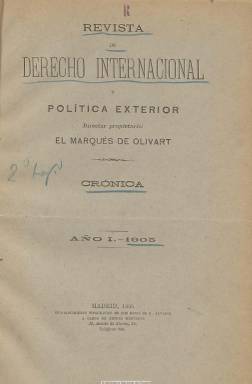
Título: Crónica de derecho internacional y política exterior
Otros títulos: Revista de derecho internacional y política exterior Crónica
Colección: Derecho || Relaciones internacionales
Ámbito geográfico: Madrid
Lugar de publicación: Madrid
Fechas: 15/06/1905-31/12/1906

Publicación editada como suplemento a Revista de derecho internacional y política exterior (1905-1910), que forma parte del trabajo intelectual de su propietario y también director, el jurista experto en Derecho Internacional y político conservador Ramón María de Dalmau y de Olivart (1861-1928), primer marqués pontificio de Olivart, catedrático de la Universidad Central de Madrid y dirigente de varias asociaciones dedicadas al estudio doctrinal y científico de esta materia, como la Asociación Española de Derecho Internacional o el Instituto de Derecho Internacional y del Colonial.

Con paginación variada y periodicidad irregular, aunque indique que es mensual, su primer número corresponde al quince de junio de 1905. Cada cuaderno comienza con una crónica de actualidad bajo el epígrafe Mensual sobre política exterior, que redacta Olivart. Da cabida también en sus páginas a algunos artículos varios y a documentos, como proyectos legislativos, convenios, acuerdos, tratados y conferencias internacionales, sus actas y otras informaciones sobre relaciones comerciales y otros asuntos de la misma índole concernientes a la Real Academia de Jurisprudencia o al Instituto Internacional de Agricultura. Otra de sus secciones recibe el nombre de Notas verbales. Al final da cuenta de monografías, revistas y periódicos recibidos. Algunos textos son bilingües, en español y francés.

La colección la forman dos tomos anuales, con índices, que integran los doce números editados, correspondiendo el último a diciembre de 1906.